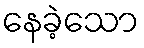
နေခဲ့သော